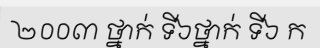
២០០៣ ថ្នាក់ ទី៦ថ្នាក់ ទី៦ ក